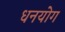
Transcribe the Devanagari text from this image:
धनयोग